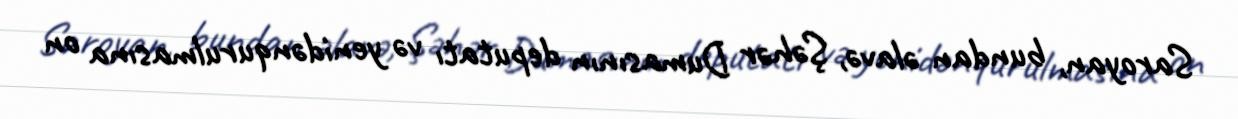
Saroyan, bundan əlavə, Şəhər Dumasının deputatı və yenidənqurulmasına on